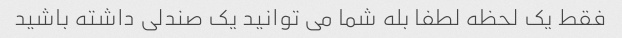
فقط یک لحظه لطفا بله شما می توانید یک صندلی داشته باشید